Indian journal of veterinary science and animal husbandry - Volumes 24-25, 1954-1955
Year: 1954
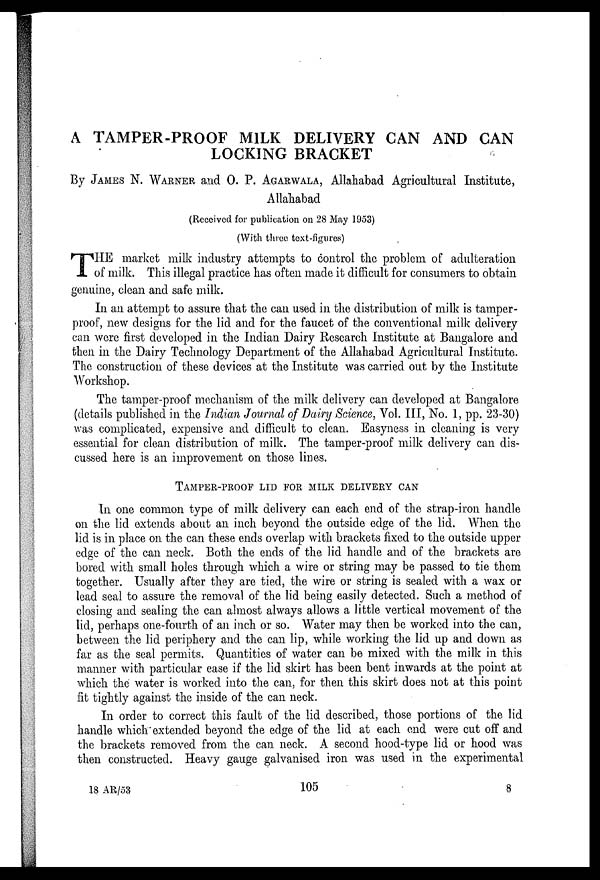
A TAMPER-PROOF MILK DELIVERY CAN AND CAN
LOCKING BRACKET
By JAMES N. WARNER and O. P. AAGARWALA, Allahabad Agricultural Institute,
Allahabad
(Received for publication on 28 May 1953)
(With three text-figures)
T HE market milk industry attempts to control the problem of adulteration
of milk. This illegal practice has often made it difficult for consumers to obtain
genuine, clean and safe milk.
In an attempt to assure that the can used in the distribution of milk is tamper-
proof, new designs for the lid and for the faucet of the conventional milk delivery
can were first developed in the Indian Dairy Research Institute at Bangalore and
then in the Dairy Technology Department of the Allahabad Agricultural Institute.
The construction of these devices at the Institute was carried out by the Institute
Workshop.
The tamper-proof mechanism of the milk delivery can developed at Bangalore
(details published in the Indian Journal of Dairy Science, Vol. III, No. 1, pp. 23-30)
was complicated, expensive and difficult to clean. Easyness in cleaning is very
essential for clean distribution of milk. The tamper-proof milk delivery can dis-
cussed here is an improvement on those lines.
TAMPER-PROOF LID FOR MILK DELIVERY CAN
In one common type of milk delivery can each end of the strap-iron handle
on the lid extends about an inch beyond the outside edge of the lid. When the
lid is in place on the can these ends overlap with brackets fixed to the outside upper
edge of the can neck. Both the ends of the lid handle and of the brackets are
bored with small holes through which a wire or string may be passed to tie them
together. Usually after they are tied, the wire or string is sealed with a wax or
lead seal to assure the removal of the lid being easily detected. Such a method of
closing and sealing the can almost always allows a little vertical movement of the
lid, perhaps one-fourth of an inch or so. Water may then be worked into the can,
between the lid periphery and the can lip, while working the lid up and down as
far as the seal permits. Quantities of water can be mixed with the milk in this
manner with particular ease if the lid skirt has been bent inwards at the point at
which the water is worked into the can, for then this skirt does not at this point
fit tightly against the inside of the can neck.
In order to correct this fault of the lid described, those portions of the lid
handle which extended beyond the edge of the lid at each end were cut off and
the brackets removed from the can neck. A second hood-type lid or hood was
then constructed. Heavy gauge galvanised iron was used in the experimental
18 AR/53
105
8